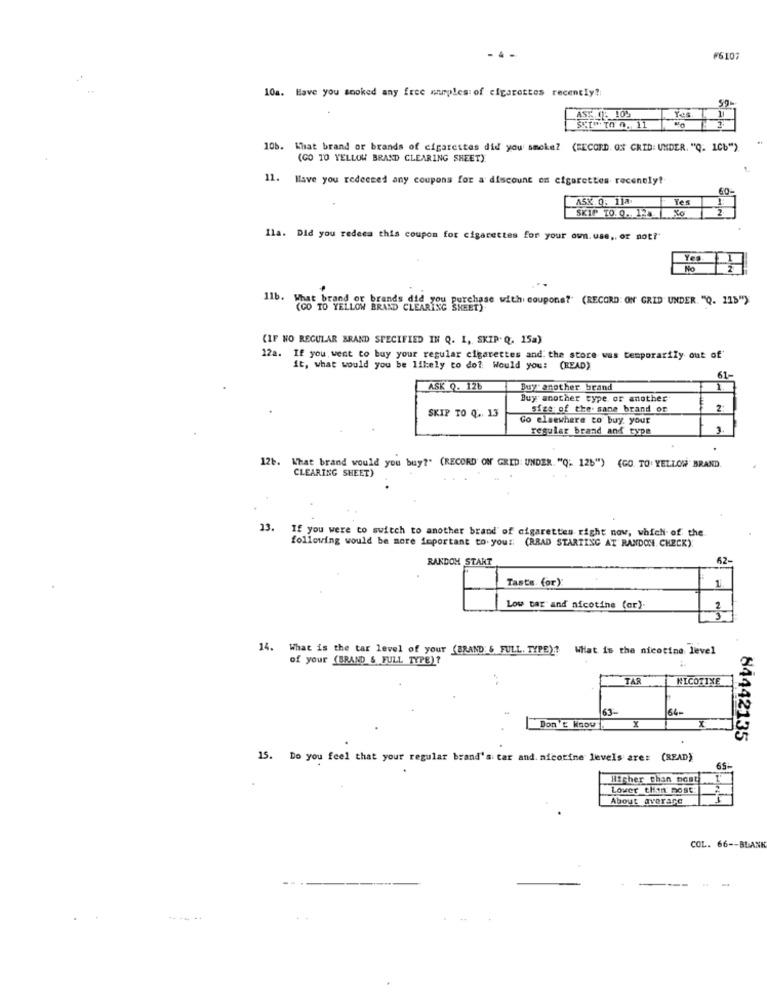
#6107
10a. Have you smoked any free anmples of cigarettes recently ?:
ASS CE. 109
106. What brand or brands of cigarettes did you smoke? (RECORD. ON GRID: UNDER. "Q. 1Cb")
(CO 10 YELLOW BRAND CLEARING SHEET)
. Have you redeemed any coupons for a discount on cigarettes recently!
60
ASK. 0. 11ª
Yes
SKIP TO. O. 12.
2
Ila. Did you redeca this coupon for cigarettes for your own. use ,, or not?"
Yes
No
1lb. What brand or brands did you purchase with coupons?" (RECORD: ON GRID UNDER. "Q. 115">
(GO TO YELLOW BRAND CLEARING
(IF NO REGULAR BRAND SPECIFIED IN Q. I, SKIP. Q. 15a)
12a. If you went to buy your regular cigarettes and the store was temporarily out of'
it, what would you be likely to do? Would you: (READ)
61-
ASK Q. 12b
Buy another brand
1
Buy another type or another
Size of the. sane brand or
2
SKIP TO Q. 13
Go elsewhere to buy your
regular brand and type
12b. What brand would you buy?" (RECORD ON GRID: UNDER. "Q' 126") (GO TO' YELLOW BRAND
CLEARING SHEET)
23.
If you were to switch to another brand of cigarettes right now, which of the
following would be more important to. you :; (RRAD STARTING AT RANDOM. CHECK).
RANDOM START
62-
Taste. (or):
1
Low bar and nicotine (or).
14. What is the tar level of your (BRAND; & FULL. TYPE)? What is the nicotine level
of your (BRAND & FULL TYPE)?
TAR
NICOTINE
63.
64-
X
Don't know
84442135
15. Do you feel that your regular brand's tar and. nicotine levels are: (READ)
65-
Higher than boat
Lover thin nost
About averare
COL. 66 -- BLANK